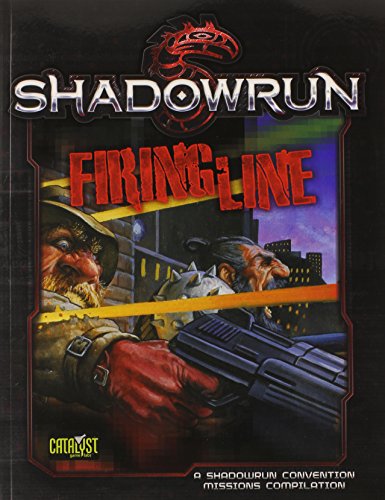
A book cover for Shadowrun Firingline; Science Fiction & Fantasy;